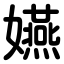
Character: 嬿